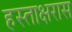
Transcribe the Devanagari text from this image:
हस्ताक्षरास